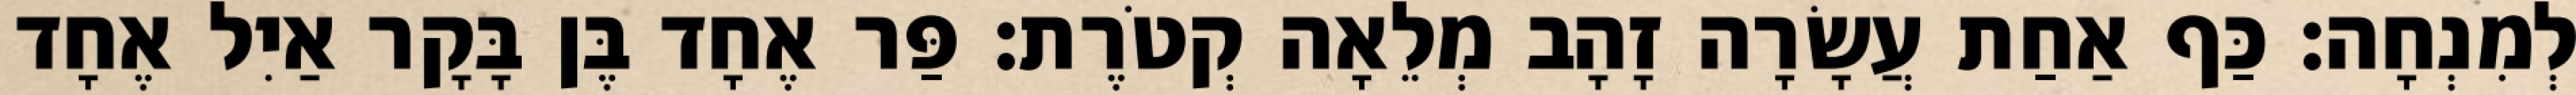
לְמִנְחָה׃ כַּף אַחַת עֲשָׂרָה זָהָב מְלֵאָה קְטֹרֶת׃ פַּר אֶחָד בֶּן בָּקָר אַיִל אֶחָד